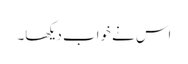
اس نے خواب دیکھا۔